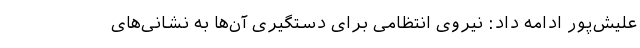
علیش‌پور ادامه داد: نیروی انتظامی برای دستگیری آن‌ها به نشانی‌های